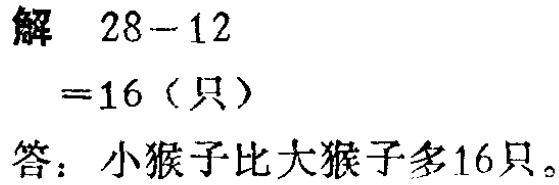
解 \(28 - 12\)

\(= 16\)（只）

答：小猴子比大猴子多16只。